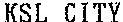
KSL CITY